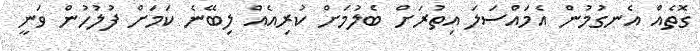
ގޮތެއް އެނގުމުން އެމައްސަލަ އިތުރަށް ބެލުމަށް ކުރިއެއް ލިބޭނެ ކަމަށް ފުލުހުން ވަނީ